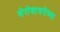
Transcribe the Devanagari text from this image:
शेरोशायरीच्या